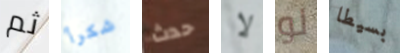
ثم شكرأ حدث لا لو بسيطا